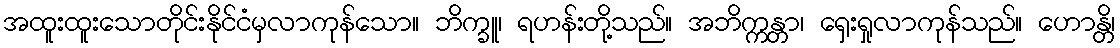
အထူးထူးသောတိုင်းနိုင်ငံမှလာကုန်သော။ ဘိက္ခူ၊ ရဟန်းတို့သည်။ အဘိက္ကန္တာ၊ ရှေးရှုလာကုန်သည်။ ဟောန္တိ၊